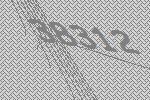
38312